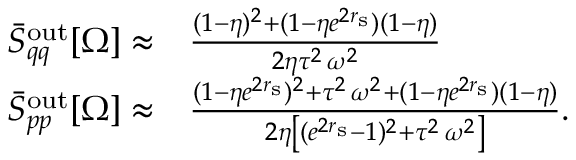
\begin{array} { r l } { \bar { S } _ { q q } ^ { \mathrm { o u t } } [ \Omega ] \approx } & { \frac { ( 1 - \eta ) ^ { 2 } + ( 1 - \eta e ^ { 2 r _ { \mathrm { s } } } ) ( 1 - \eta ) } { 2 \eta \tau ^ { 2 } \, \omega ^ { 2 } } } \\ { \bar { S } _ { p p } ^ { \mathrm { o u t } } [ \Omega ] \approx } & { \frac { ( 1 - \eta e ^ { 2 r _ { \mathrm { s } } } ) ^ { 2 } + \tau ^ { 2 } \, \omega ^ { 2 } + ( 1 - \eta e ^ { 2 r _ { \mathrm { s } } } ) ( 1 - \eta ) } { 2 \eta \left[ ( e ^ { 2 r _ { \mathrm { s } } } - 1 ) ^ { 2 } + \tau ^ { 2 } \, \omega ^ { 2 } \right] } . } \end{array}